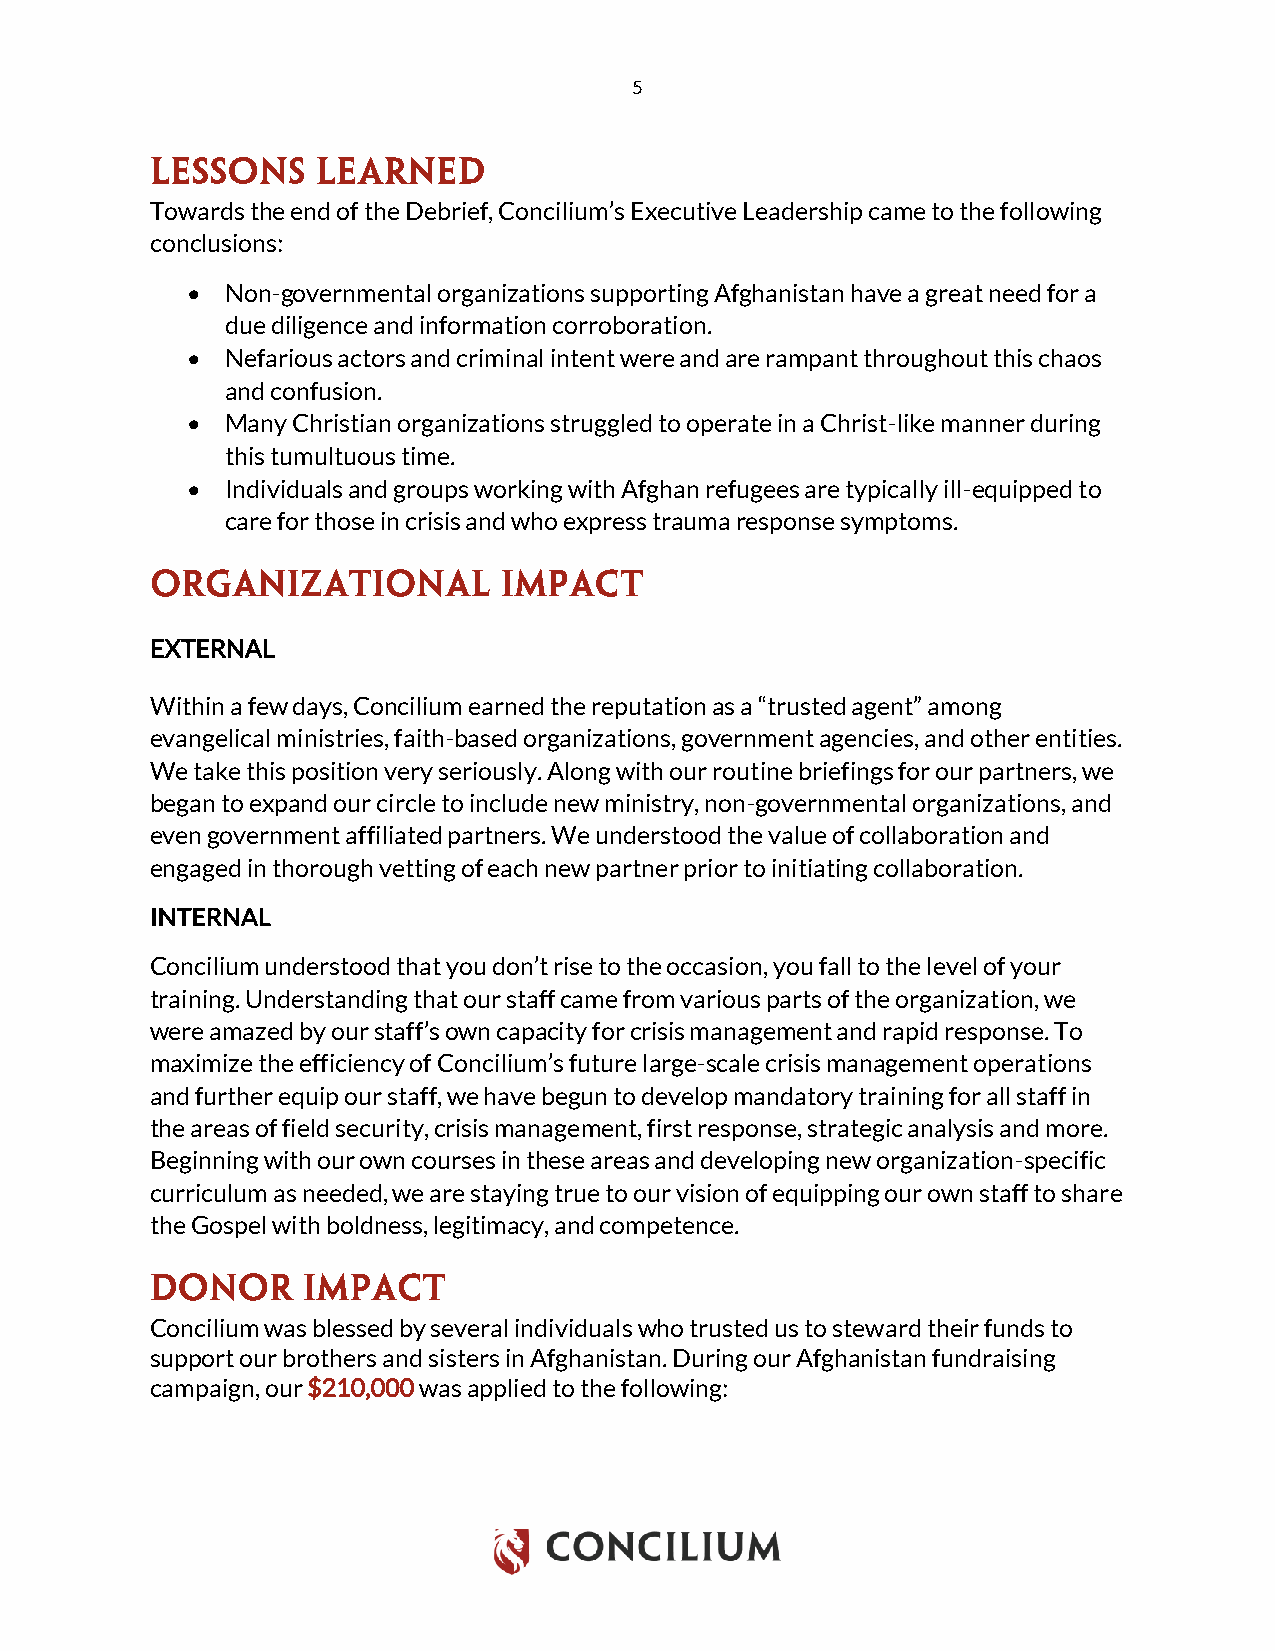
5
 Towards the end of the Debrief, Concilium’s Executive Leadership came to the following
 conclusions:
 •  Non-governmental organizations supporting Afghanistan have a great need for a
 due diligence and information corroboration.
 •  Nefarious actors and criminal intent were and are rampant throughout this chaos
 and confusion.
 •  Many Christian organizations struggled to operate in a Christ-like manner during
 this tumultuous time.
 •  Individuals and groups working with Afghan refugees are typically ill-equipped to
 care for those in crisis and who express trauma response symptoms.
 EXTERNAL
 Within a few days, Concilium earned the reputation as a “trusted agent” among
 evangelical ministries, faith-based organizations, government agencies, and other entities.
 We take this position very seriously. Along with our routine briefings for our partners, we
 began to expand our circle to include new ministry, non-governmental organizations, and
 even government affiliated partners. We understood the value of collaboration and
 engaged in thorough vetting of each new partner prior to initiating collaboration.
 INTERNAL
 Concilium understood that you don’t rise to the occasion, you fall to the level of your
 training. Understanding that our staff came from various parts of the organization, we
 were amazed by our staff’s own capacity for crisis management and rapid response. To
 maximize the efficiency of Concilium’s future large-scale crisis management operations
 and further equip our staff, we have begun to develop mandatory training for all staff in
 the areas of field security, crisis management, first response, strategic analysis and more.
 Beginning with our own courses in these areas and developing new organization-specific
 curriculum as needed, we are staying true to our vision of equipping our own staff to share
 the Gospel with boldness, legitimacy, and competence.
 Concilium was blessed by several individuals who trusted us to steward their funds to
 support our brothers and sisters in Afghanistan. During our Afghanistan fundraising
 campaign, our $210,000 was applied to the following: